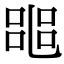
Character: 𠻌